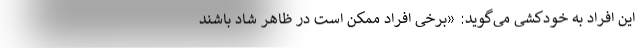
این افراد به خودکشی می‌گوید: «برخی افراد ممکن است در ظاهر شاد باشند